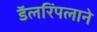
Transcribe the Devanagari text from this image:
डॅलरिंपलाने